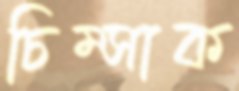
চিম্‌সাক